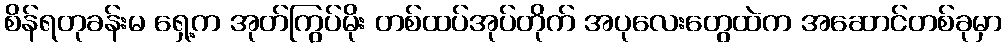
စိန်ရတုခန်းမ ရှေ့က အုတ်ကြွပ်မိုး တစ်ထပ်အုပ်တိုက် အပုလေးတွေထဲက အဆောင်တစ်ခုမှာ